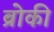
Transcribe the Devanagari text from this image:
ब्रोकी